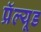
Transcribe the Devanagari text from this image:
प्रॅल्यूड